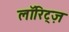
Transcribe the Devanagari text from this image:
लॉरिट्ज़